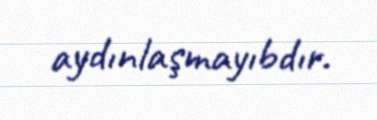
aydınlaşmayıbdır.